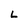
Character: L